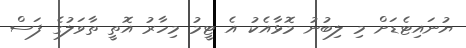
ޔުނައިޓެޑަށް މި ލިބުނު މޮޅާއެކު އެ ޓީމު މިހާރު އޮތީ ތާވަލުގެ ފަސް